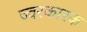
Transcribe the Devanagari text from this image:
ज्‍वरकारक